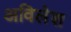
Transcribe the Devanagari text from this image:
अविलेश